Lunatic asylums Madras 1892-1911 - 1892-1911
Year: 1892
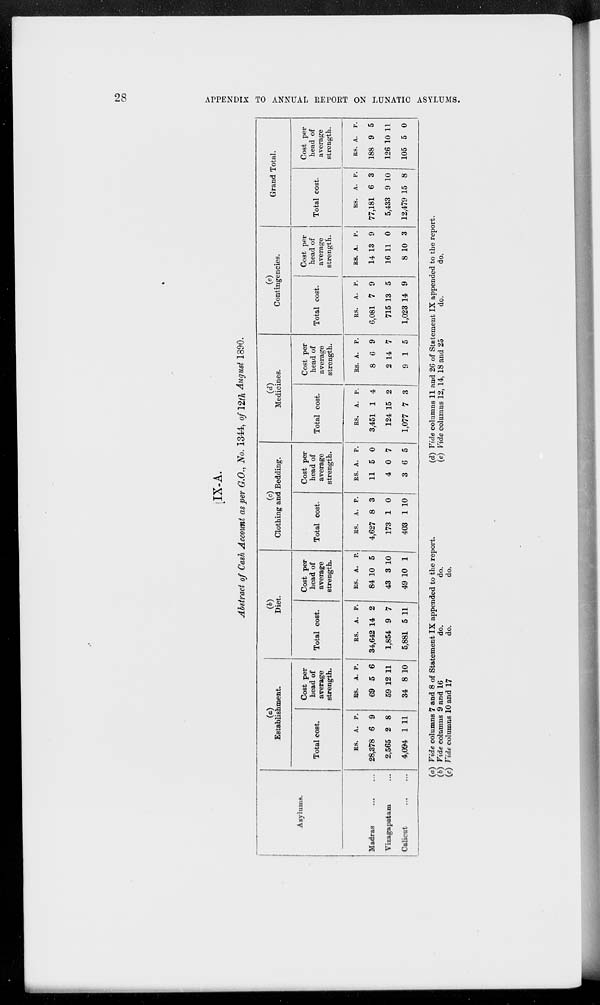
28
APPENDIX TO ANNUAL REPORT ON LUNATIC ASYLUMS.
IX-A.
Abstract of Cash Account as per G.O., No. 1344, of 12th August 1890.
Asylums.
Madras ... ...
Vizagapatam ...
Calicut ... ...
(a)
Establishment.
Total cost.
Rs.
28,378
2,565
4,094
A.
6
2
1
P.
9
8
11
Cost per
head of
average
strength.
Rs.
69
59
34
A.
5
12
8
P.
6
11
10
(b)
Diet.
Total cost.
Rs.
34,642
1,854
5,881
A.
14
9
5
P.
2
7
11
Cost per
head of
average
strength.
Rs.
84
43
49
A.
10
3
10
P.
5
10
1
(c)
Clothing and Bedding.
Total cost.
Rs.
4,627
173
403
A.
8
1
1
P.
3
0
10
Cost per
head of
average
strength.
Rs.
11
4
3
A.
5
0
6
P.
0
7
5
(d)
Medicines.
Total cost.
Rs.
3,451
124
1,077
A.
1
15
7
P.
4
2
3
Cost per
head of
average
strength.
Rs.
8
2
9
A.
6
14
1
P.
9
7
5
(e)
Contingencies.
Total cost.
Rs.
6,081
715
1,023
A.
7
13
14
P.
9
5
9
Cost per
head of
average
strength.
Rs.
14
16
8
A.
13
11
10
P.
9
0
3
Grand Total.
Total cost.
Rs.
77,181
5,433
12,479
A.
6
9
15
P.
3
10
8
Cost per
head of
average
strength.
Rs.
188
126
105
A.
9
10
5
P.
5
11
0
(a) vide columns 7 and 8 of Statement IX appended to the report.
(b) Vide columns 9 and 16
do.
do.
(c) Vide columns 10 and 17
do.
do.
(d) Vide columns 11 and 26 of Statement IX appended to the report.
(e) Vide columns 12, 14, 18 and 25
do.
do.